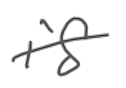
Text: is
Cross-out: single-line
Writing tool: digital_gray